Jaan_Tonisson_(Lasteleht), lk 321
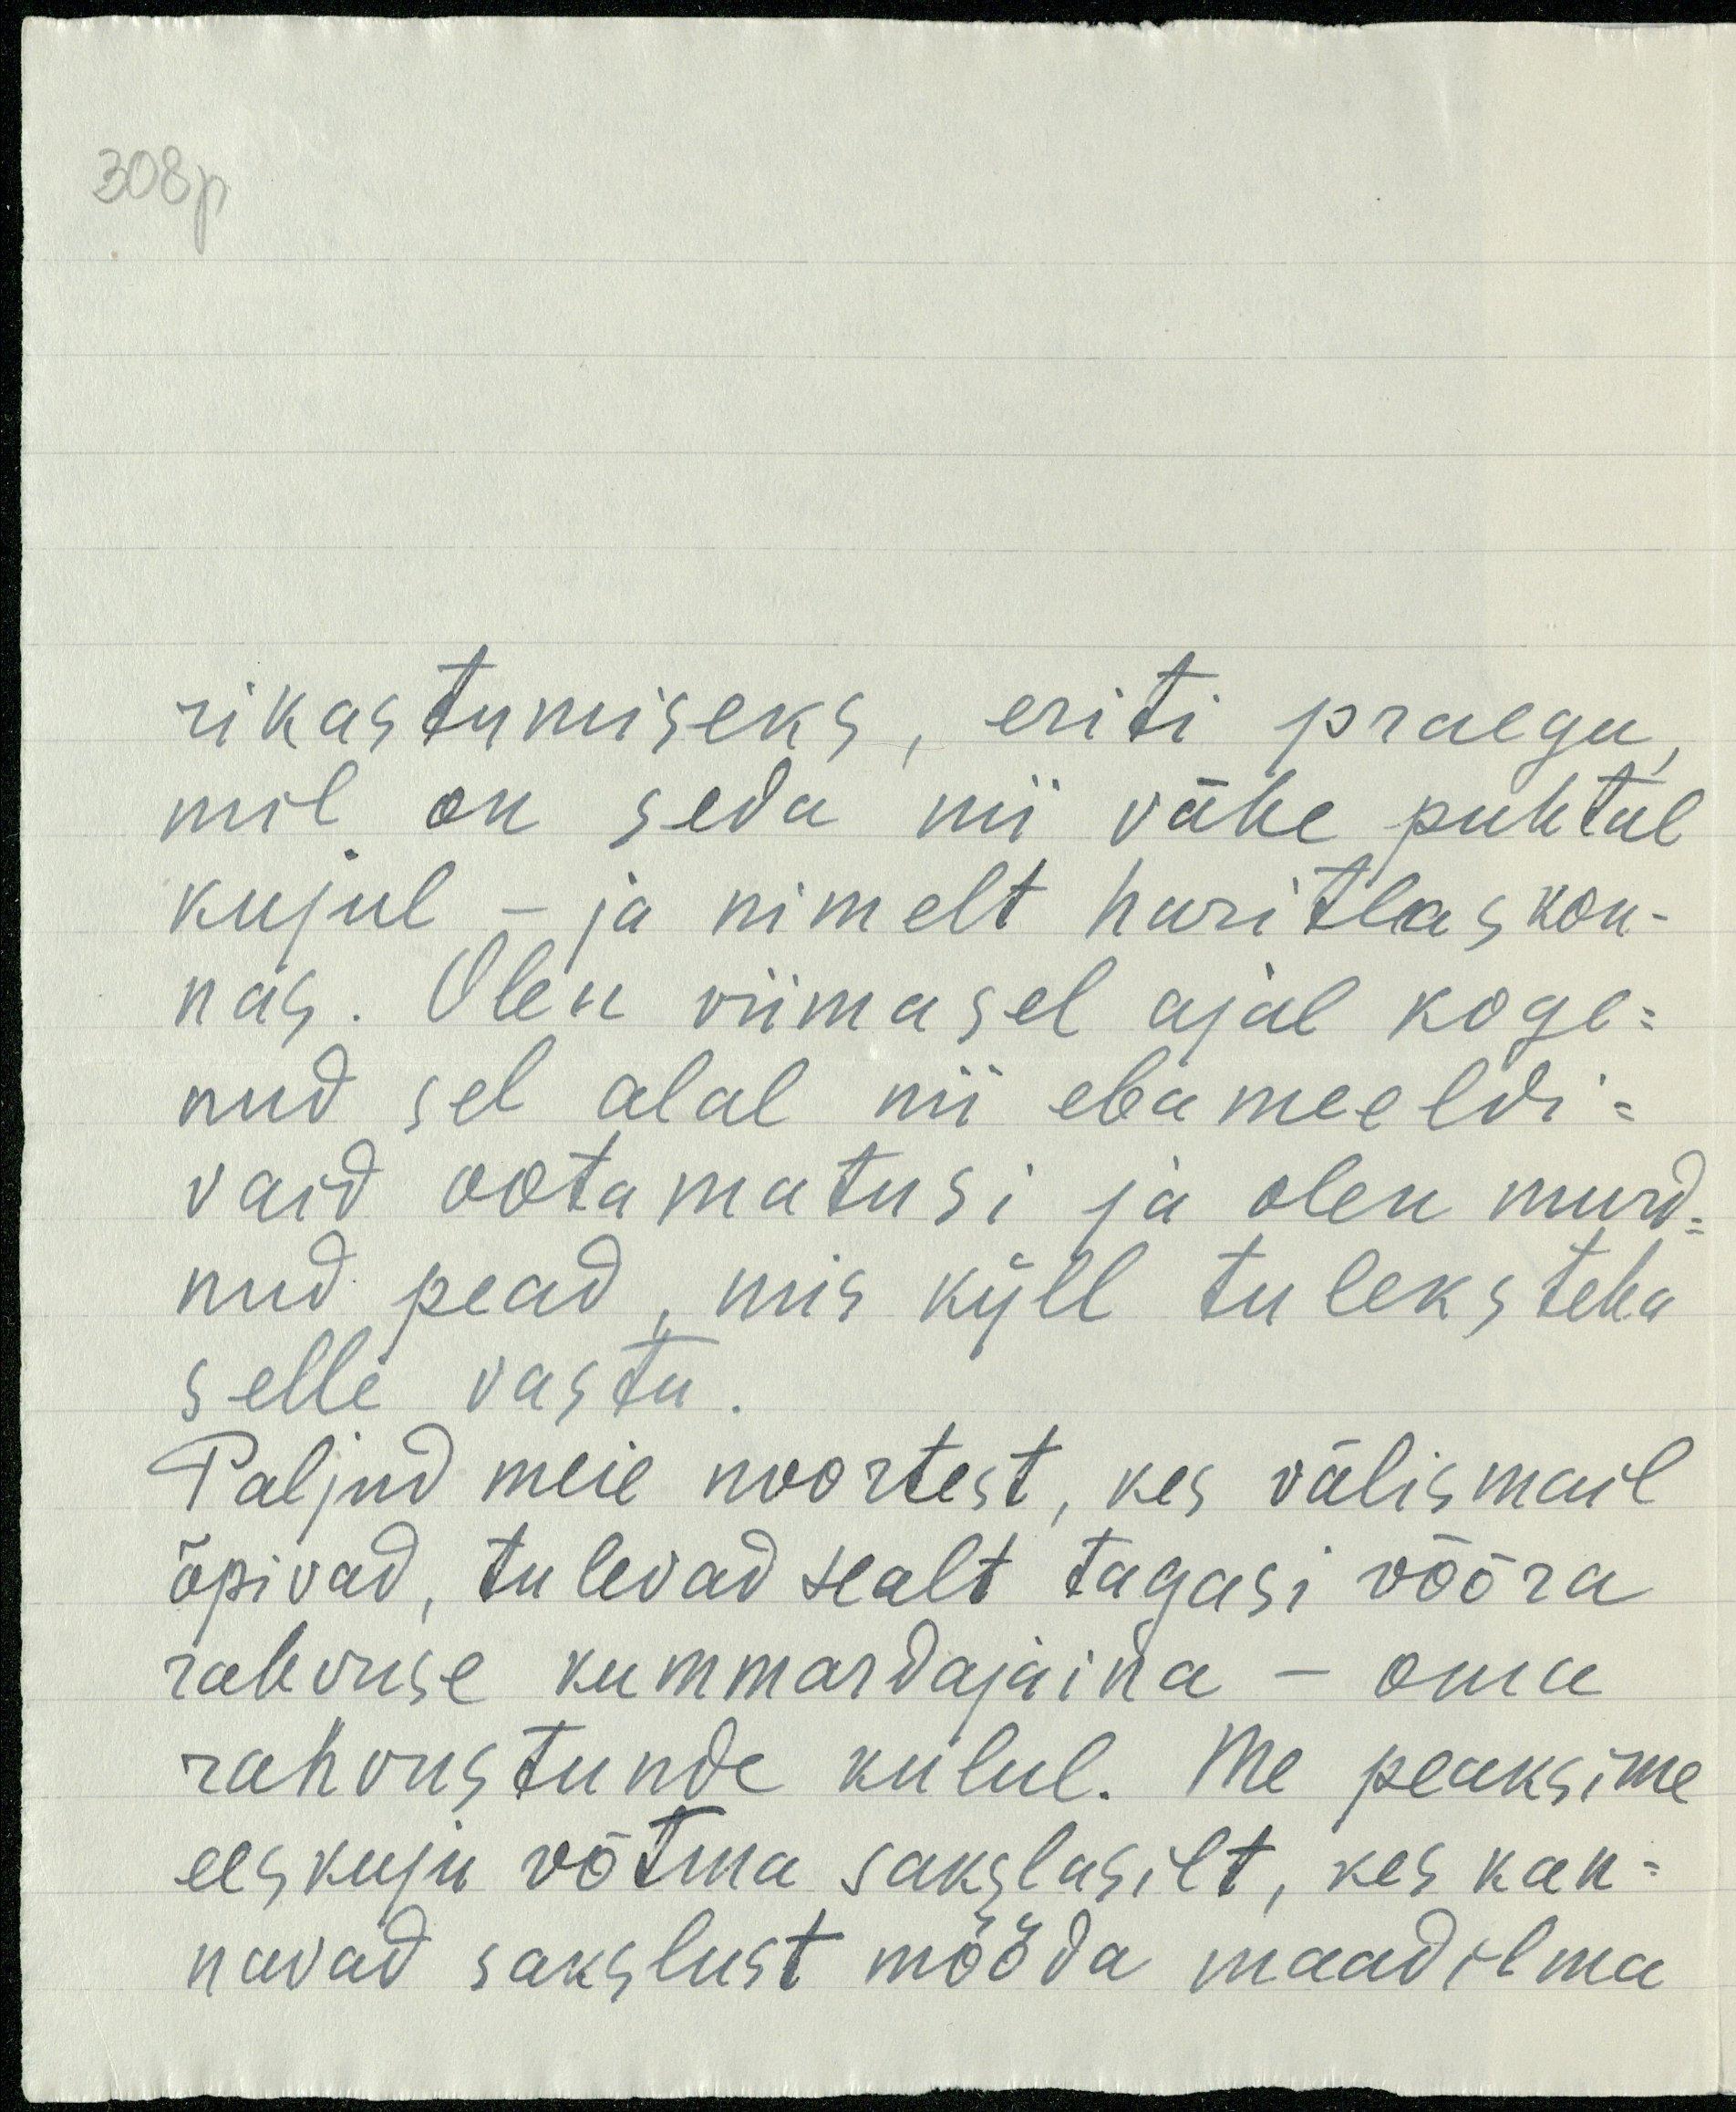
30 8p
rikastumiseks, eriti praegu
mil on seda nii vähe puhtal
kujul - ja nimelt haritlaskon-
nas. Olen viimasel ajal koge-
nud sel alal nii ebameeldi-
vaid ootamatusi ja olen murd-
nud pead, mis küll tuleks teha
selle vastu.
Paljud meie noortest, kes välismail
õpivad, tulevad sealt tagasi võõra
rahvuse kummardajaina - oma
rahvustunde kulul. Me peaksime
eeskuju võtma sakslasilt, kes kan-
navad sakslust mööda maadilma